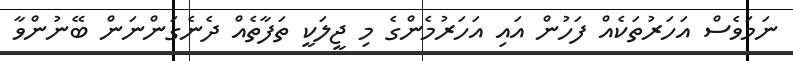
ނަމަވެސް އަހަރުތަކެއް ފަހުން އައި އަހަރުމެންގެ މި ޖީލަކީ ތަފާތެއް ދެނެގަންނަން ބޭނުންވާ